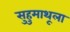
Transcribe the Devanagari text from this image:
सुहुमाथूला